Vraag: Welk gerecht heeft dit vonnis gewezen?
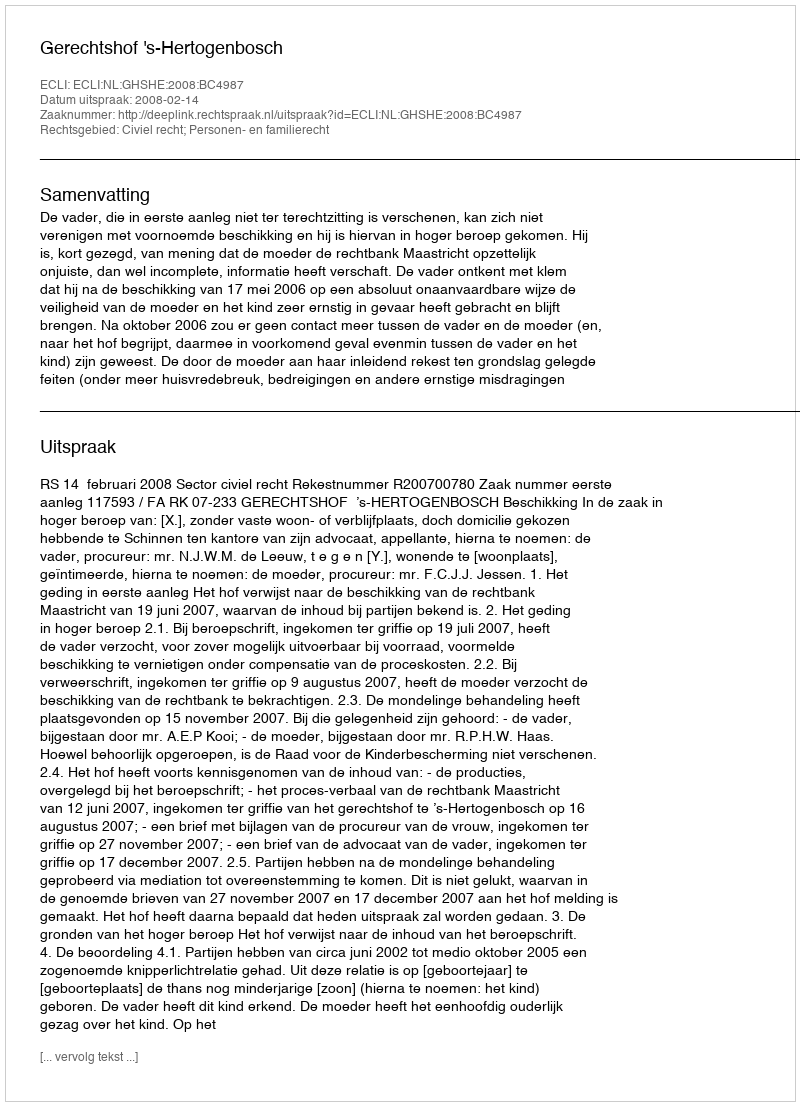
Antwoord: Gerechtshof 's-Hertogenbosch